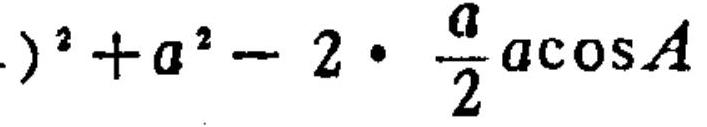
\()^{2}+a^{2}-2\cdot\frac{a}{2}a\cos A\)